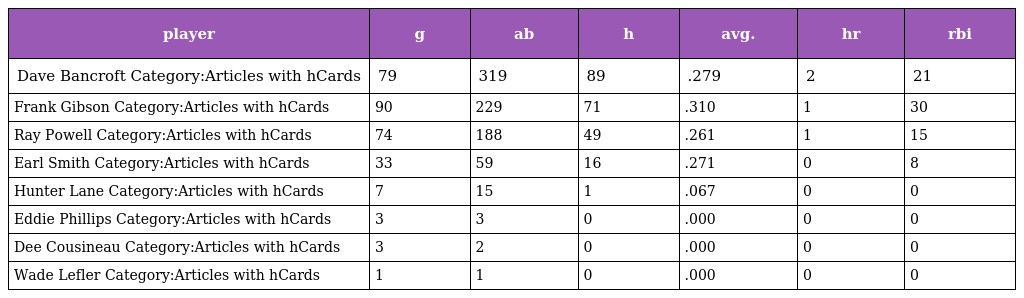
| player | g | ab | h | avg. | hr | rbi |
 | --- | --- | --- | --- | --- | --- | --- |
 | Dave Bancroft Category:Articles with hCards | 79 | 319 | 89 | .279 | 2 | 21 |
 | Frank Gibson Category:Articles with hCards | 90 | 229 | 71 | .310 | 1 | 30 |
 | Ray Powell Category:Articles with hCards | 74 | 188 | 49 | .261 | 1 | 15 |
 | Earl Smith Category:Articles with hCards | 33 | 59 | 16 | .271 | 0 | 8 |
 | Hunter Lane Category:Articles with hCards | 7 | 15 | 1 | .067 | 0 | 0 |
 | Eddie Phillips Category:Articles with hCards | 3 | 3 | 0 | .000 | 0 | 0 |
 | Dee Cousineau Category:Articles with hCards | 3 | 2 | 0 | .000 | 0 | 0 |
 | Wade Lefler Category:Articles with hCards | 1 | 1 | 0 | .000 | 0 | 0 |